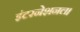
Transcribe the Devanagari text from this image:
इंटरनेशनल।